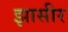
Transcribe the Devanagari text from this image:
झासीर